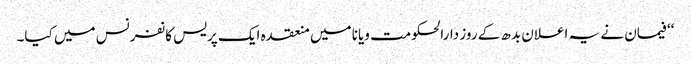
‘‘ فیمان نے یہ اعلان بدھ کے روز دارالحکومت ویانا میں منعقدہ ایک پریس کانفرنس میں کیا۔